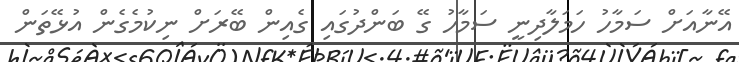
އޭނާއަށް ސަމާހު ހަމަލާދިނީ ސަމާހު ގޭ ބަންދުގައި ގެއިން ބޭރަށް ނިކުމެގެން އުޅޭތަން